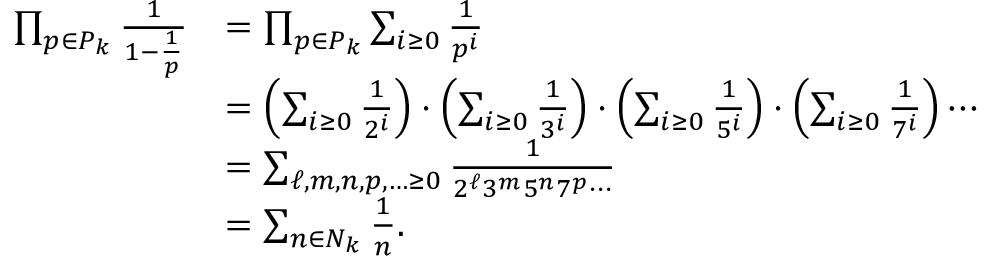
{ \begin{array} { r l } { \prod _ { p \in P _ { k } } { \frac { 1 } { 1 - { \frac { 1 } { p } } } } } & { = \prod _ { p \in P _ { k } } \sum _ { i \geq 0 } { \frac { 1 } { p ^ { i } } } } \\ & { = \left( \sum _ { i \geq 0 } { \frac { 1 } { 2 ^ { i } } } \right) \cdot \left( \sum _ { i \geq 0 } { \frac { 1 } { 3 ^ { i } } } \right) \cdot \left( \sum _ { i \geq 0 } { \frac { 1 } { 5 ^ { i } } } \right) \cdot \left( \sum _ { i \geq 0 } { \frac { 1 } { 7 ^ { i } } } \right) \cdots } \\ & { = \sum _ { \ell , m , n , p , \ldots \geq 0 } { \frac { 1 } { 2 ^ { \ell } 3 ^ { m } 5 ^ { n } 7 ^ { p } \cdots } } } \\ & { = \sum _ { n \in N _ { k } } { \frac { 1 } { n } } . } \end{array} }